Indian journal of veterinary science and animal husbandry - Volume 5,
Year: 1935
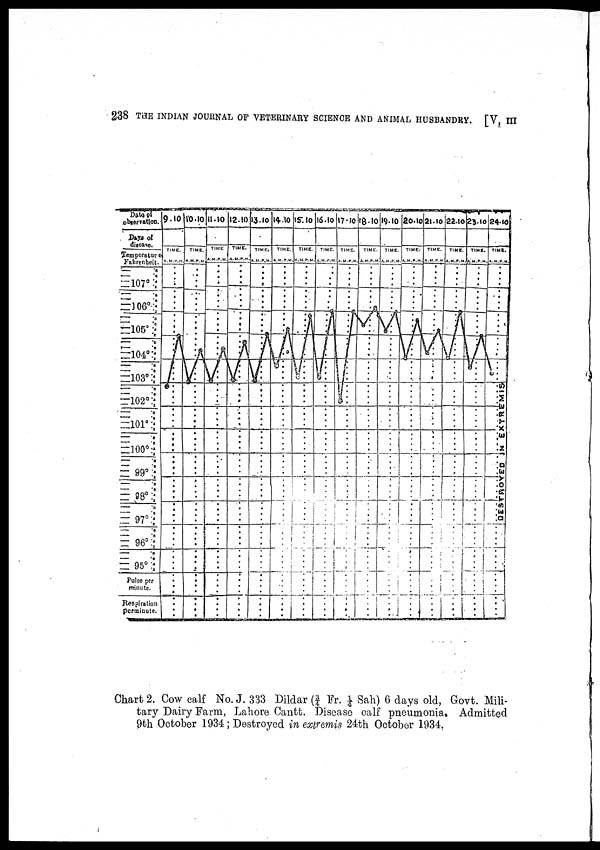
238 THE INDIAN JOURNAL OF VETERINARY SCIENCE AND ANIMAL HUSBANDRY. [V, III
Chart 2. Cow calf No. J. 333 Dildar (¾ Fr. ¼ Sah) 6 days old, Govt. Mili-
tary Dairy Farm, Lahore Cantt. Disease calf pneumonia. Admitted
9th October 1934 ; Destroyed in extremis 24th October 1934.